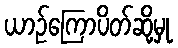
ယာဉ်ကြောပိတ်ဆို့မှု